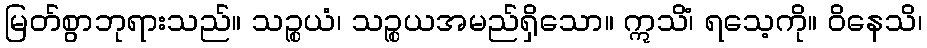
မြတ်စွာဘုရားသည်။ သဉ္စယံ၊ သဉ္စယအမည်ရှိသော။ ဣသိံ၊ ရသေ့ကို။ ဝိနေသိ၊